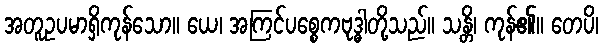
အတူဥပမာရှိကုန်သော။ ယေ၊ အကြင်ပစ္စေကဗုဒ္ဓါတို့သည်။ သန္တိ၊ ကုန်၏။ တေပိ၊